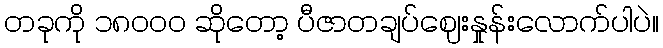
တခုကို ၁၈၀၀၀ ဆိုတော့ ပီဇာတချပ်ဈေးနှုန်းလောက်ပါပဲ။